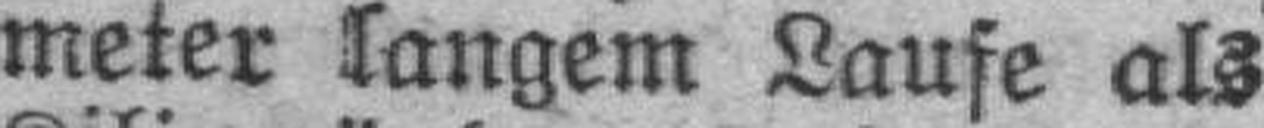
meter langem Laufe als